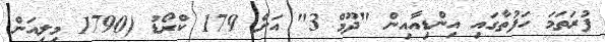
ފުރަތަމަ ހަފުތާގައި އިންޑިއާއިން "ދޫމް 3" އަށް 179 ކްރޯޑު (1790 މިލިއަން